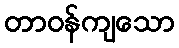
တာဝန်ကျသော